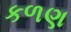
કળણ